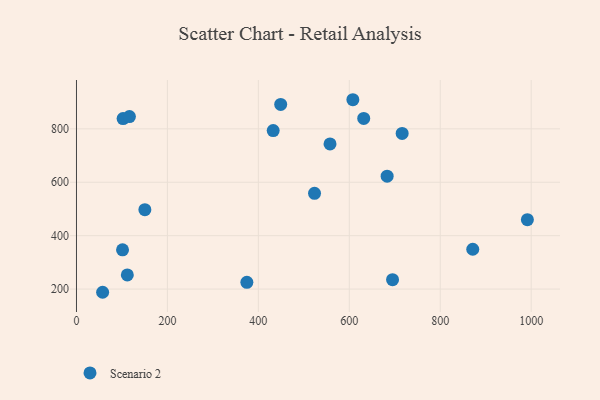
{"axis": {"x": "Distance", "y": "Rating"}, "legend": ["Scenario 2"], "data": [{"x": "449.1", "y": 891.3, "type": "Scenario 2"}, {"x": "101.3", "y": 346.8, "type": "Scenario 2"}, {"x": "557.6", "y": 743.6, "type": "Scenario 2"}, {"x": "102.5", "y": 838.4, "type": "Scenario 2"}, {"x": "116.4", "y": 846.0, "type": "Scenario 2"}, {"x": "683.2", "y": 622.8, "type": "Scenario 2"}, {"x": "432.6", "y": 793.6, "type": "Scenario 2"}, {"x": "607.8", "y": 909.0, "type": "Scenario 2"}, {"x": "991.6", "y": 459.9, "type": "Scenario 2"}, {"x": "716.2", "y": 782.8, "type": "Scenario 2"}, {"x": "374.7", "y": 225.3, "type": "Scenario 2"}, {"x": "631.7", "y": 838.9, "type": "Scenario 2"}, {"x": "111.8", "y": 252.8, "type": "Scenario 2"}, {"x": "150.4", "y": 497.2, "type": "Scenario 2"}, {"x": "523.5", "y": 558.6, "type": "Scenario 2"}, {"x": "695.1", "y": 235.2, "type": "Scenario 2"}, {"x": "871.5", "y": 349.1, "type": "Scenario 2"}, {"x": "57.5", "y": 188.0, "type": "Scenario 2"}]}